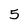
Character: 5